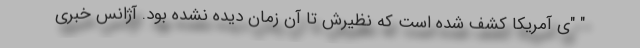
" "ی آمریکا کشف شده است که نظیرش تا آن زمان دیده نشده بود. آژانس خبری